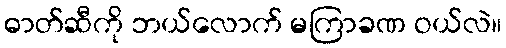
ဓာတ်ဆီကို ဘယ်လောက် မကြာခဏ ဝယ်လဲ။